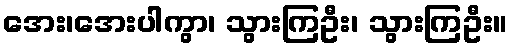
အေး၊အေးပါကွာ၊ သွားကြဦး၊ သွားကြဦး။